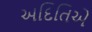
અદિતિએ